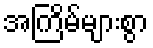
အကြိမ်များစွာ